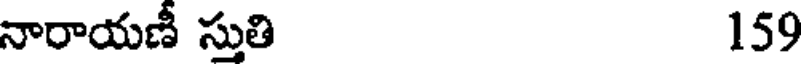
నారాయణీ స్తుతి 159